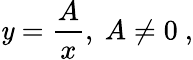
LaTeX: \mathit{y}={\frac{{A}}{{x}}},\ A\neq0\ ,